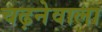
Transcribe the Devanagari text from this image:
चढ़नेवाला